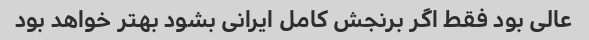
عالی بود فقط اگر برنجش کامل ایرانی بشود بهتر خواهد بود